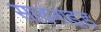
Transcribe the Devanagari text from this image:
सावनाइड